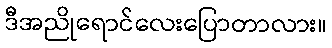
ဒီအညိုရောင်လေးပြောတာလား။